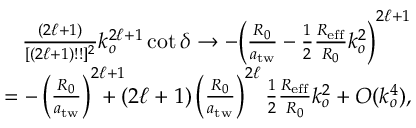
\begin{array} { r l r } & { } & { \frac { ( 2 \ell + 1 ) } { [ ( 2 \ell + 1 ) ! ! ] ^ { 2 } } k _ { o } ^ { 2 \ell + 1 } \cot \delta \rightarrow - \bigg ( \frac { R _ { 0 } } { a _ { \mathrm { t w } } } - \frac { 1 } { 2 } \frac { R _ { \mathrm { e f f } } } { R _ { 0 } } k _ { o } ^ { 2 } \bigg ) ^ { 2 \ell + 1 } } \\ & { } & { = - \left( \frac { R _ { 0 } } { a _ { \mathrm { t w } } } \right) ^ { 2 \ell + 1 } \! \! \! \! \! \! \! \! + ( 2 \ell + 1 ) \left( \frac { R _ { 0 } } { a _ { \mathrm { t w } } } \right) ^ { 2 \ell } \frac { 1 } { 2 } \frac { R _ { \mathrm { e f f } } } { R _ { 0 } } k _ { o } ^ { 2 } + { \cal O } ( k _ { o } ^ { 4 } ) , } \end{array}